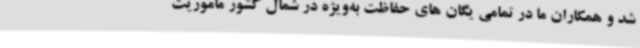
شد و همکاران ما در تمامی یگان های حفاظت به‌ویژه در شمال کشور ماموریت